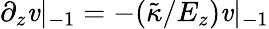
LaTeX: \partial_{z}\mathit{v}|_{-1}=-(\tilde{{\kappa}}/E_{z})\mathit{v}|_{-1}